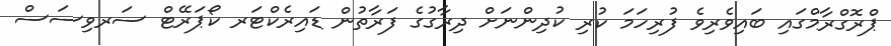
ޕްރޮގްރާމްގައި ބައިވެރިވެ ފުރިހަމަ ކުރި ކުދިންނަށް ދިރާގުގެ ފަރާތުން ޑައިރެކްޓަރ ކޯޕަރޭޓް ސަރވިސަސް